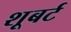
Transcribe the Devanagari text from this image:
शूबर्ट